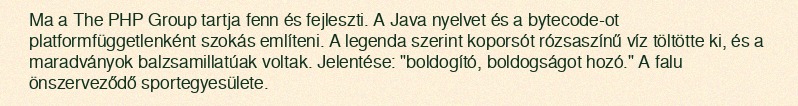
Ma a The PHP Group tartja fenn és fejleszti. A Java nyelvet és a bytecode-ot platformfüggetlenként szokás említeni. A legenda szerint koporsót rózsaszínű víz töltötte ki, és a maradványok balzsamillatúak voltak. Jelentése: "boldogító, boldogságot hozó." A falu önszerveződő sportegyesülete.